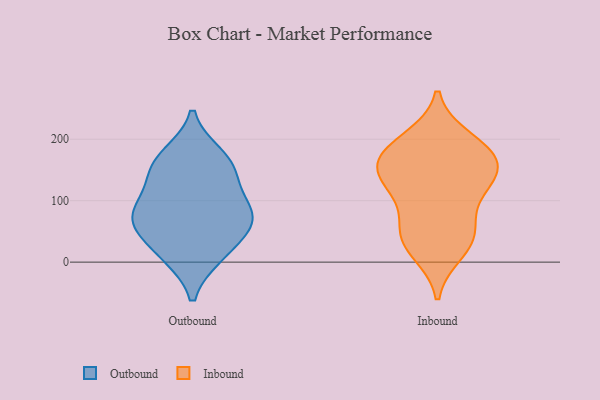
{"axis": {"x": "Net Income (USD K)", "y": "Value"}, "legend": ["Inbound", "Outbound"], "data": [{"x": "", "y": 95, "type": "Outbound"}, {"x": "", "y": 174, "type": "Outbound"}, {"x": "", "y": 10, "type": "Outbound"}, {"x": "", "y": 167, "type": "Outbound"}, {"x": "", "y": 148, "type": "Outbound"}, {"x": "", "y": 70, "type": "Outbound"}, {"x": "", "y": 67, "type": "Outbound"}, {"x": "", "y": 92, "type": "Outbound"}, {"x": "", "y": 64, "type": "Outbound"}, {"x": "", "y": 10, "type": "Outbound"}, {"x": "", "y": 137, "type": "Outbound"}, {"x": "", "y": 50, "type": "Outbound"}, {"x": "", "y": 130, "type": "Inbound"}, {"x": "", "y": 46, "type": "Inbound"}, {"x": "", "y": 184, "type": "Inbound"}, {"x": "", "y": 169, "type": "Inbound"}, {"x": "", "y": 102, "type": "Inbound"}, {"x": "", "y": 137, "type": "Inbound"}, {"x": "", "y": 134, "type": "Inbound"}, {"x": "", "y": 177, "type": "Inbound"}, {"x": "", "y": 18, "type": "Inbound"}, {"x": "", "y": 39, "type": "Inbound"}, {"x": "", "y": 199, "type": "Inbound"}, {"x": "", "y": 49, "type": "Inbound"}, {"x": "", "y": 160, "type": "Inbound"}]}